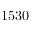
1 5 3 0